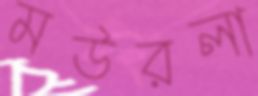
মউরলা